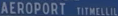
AEROPORTI TIMELILL